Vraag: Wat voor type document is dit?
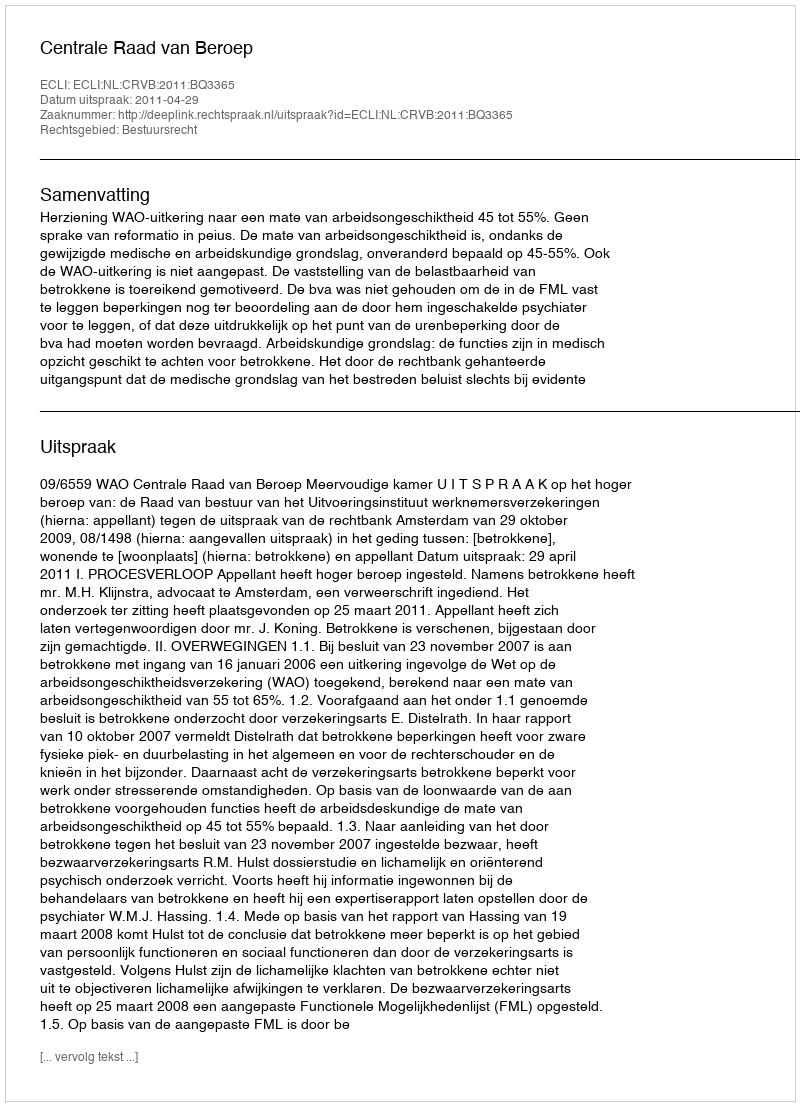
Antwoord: Uitspraak